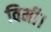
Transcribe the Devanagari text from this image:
विमी।